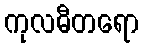
ကုလဓီတရော